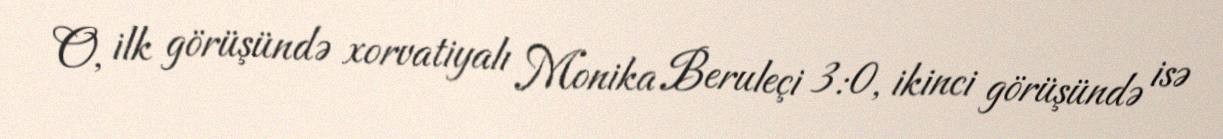
O, ilk görüşündə xorvatiyalı Monika Beruleçi 3:0, ikinci görüşündə isə